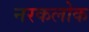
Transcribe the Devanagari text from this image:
नरकलोक